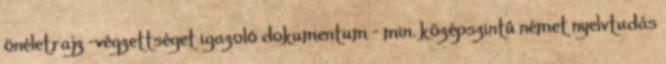
önéletrajz -végzettséget igazoló dokumentum - min. középszintû német nyelvtudás